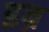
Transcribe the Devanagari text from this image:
इब्र